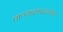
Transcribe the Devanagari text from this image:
पाण्यासारख्याच